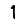
Digit: 1